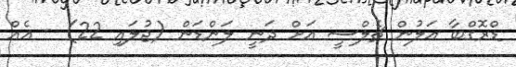
ޑްރޮގްބާ އަލުން ޗެލްސީ އަށް ދަނީ ލަންޑަން (ޖުލައި 22) - އެއް